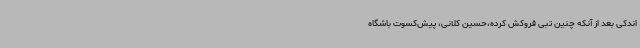
اندکی بعد از آنکه چنین تبی فروکش کرده،حسین کلانی، پیش‌کسوت باشگاه